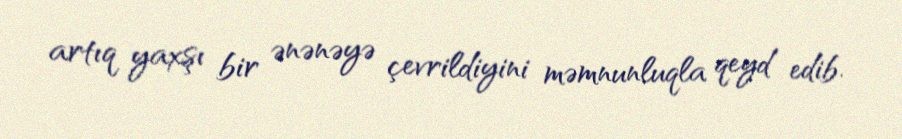
artıq yaxşı bir ənənəyə çevrildiyini məmnunluqla qeyd edib.